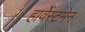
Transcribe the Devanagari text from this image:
हार्वेस्टमेन